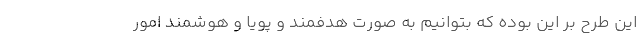
این طرح بر این بوده که بتوانیم به صورت هدفمند و پویا و هوشمند امور